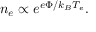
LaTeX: n _ { e } \propto e ^ { e \Phi / k _ { B } T _ { e } } .